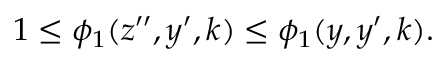
\begin{array} { r } { 1 \leq \phi _ { 1 } ( z ^ { \prime \prime } , y ^ { \prime } , k ) \leq \phi _ { 1 } ( y , y ^ { \prime } , k ) . } \end{array}